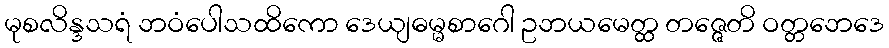
မုစလိန္ဒသရံ ဘဝံပေါသထိကော ဒေယျဓမ္မစာဂေါ ဥဘယမေတ္ထ တဇ္ဇေတိ ဝတ္တဘေဒေ